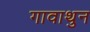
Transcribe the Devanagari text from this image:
गावाथुन